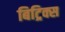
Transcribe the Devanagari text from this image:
बिट्रिक्स